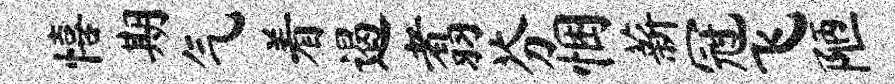
僖期气着遏翥芬悃薪冠飞陋